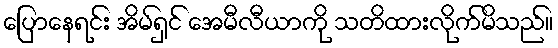
ပြောနေရင်း အိမ်ရှင် အေမီလီယာကို သတိထားလိုက်မိသည်။